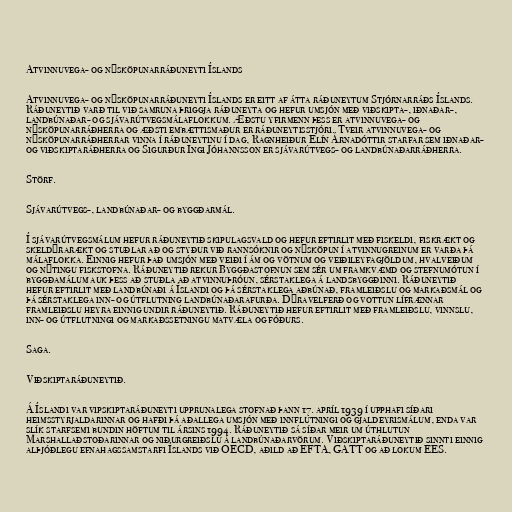
Atvinnuvega- og nýsköpunarráðuneyti Íslands

Atvinnuvega- og nýsköpunarráðuneyti Íslands er eitt af átta ráðuneytum Stjórnarráðs Íslands.
Ráðuneytið varð til við samruna þriggja ráðuneyta og hefur umsjón með viðskipta-, iðnaðar-,
landbúnaðar- og sjávarútvegsmálaflokkum. Æðstu yfirmenn þess er atvinnuvega- og
nýsköpunarráðherra og æðsti embættismaður er ráðuneytisstjóri. Tveir atvinnuvega- og
nýsköpunarráðherrar vinna í ráðuneytinu í dag, Ragnheiður Elín Árnadóttir starfar sem iðnaðar-
og viðskiptaráðherra og Sigurður Ingi Jóhannsson er sjávarútvegs- og landbúnaðarráðherra.

Störf.

Sjávarútvegs-, landbúnaðar- og byggðarmál.

Í sjávarútvegsmálum hefur ráðuneytið skipulagsvald og hefur eftirlit með fiskeldi, fiskrækt og
skeldýrarækt og stuðlar að og styður við rannsóknir og nýsköpun í atvinnugreinum er varða þá
málaflokka. Einnig hefur það umsjón með veiði í ám og vötnum og veiðileyfagjöldum, hvalveiðum
og nýtingu fiskstofna. Ráðuneytið rekur Byggðastofnun sem sér um framkvæmd og stefnumótun í
byggðamálum auk þess að stuðla að atvinnuþróun, sérstaklega á landsbyggðinni. Ráðuneytið
hefur eftirlit með landbúnaði á Íslandi og þá sérstaklega aðbúnað, framleiðslu og markaðsmál og
þá sérstaklega inn- og útflutning landbúnaðarafurða. Dýravelferð og vottun lífrænnar
framleiðslu heyra einnig undir ráðuneytið. Ráðuneytið hefur eftirlit með framleiðslu, vinnslu,
inn- og útflutningi og markaðssetningu matvæla og fóðurs.

Saga.

Viðskiptaráðuneytið.

Á Íslandi var vipskiptaráðuneyti upprunalega stofnað þann 17. apríl 1939 í upphafi síðari
heimsstyrjaldarinnar og hafði þá aðallega umsjón með innflutningi og gjaldeyrismálum, enda var
slík starfsemi bundin höftum til ársins 1994. Ráðuneytið sá síðar meir um úthlutun
Marshallaðstoðarinnar og niðurgreiðslu á landbúnaðarvörum. Viðskiptaráðuneytið sinnti einnig
alþjóðlegu efnahagssamstarfi Íslands við OECD, aðild að EFTA, GATT og að lokum EES.